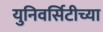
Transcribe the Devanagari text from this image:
युनिवर्सिटीच्या